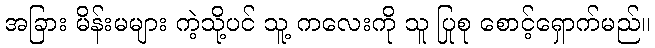
အခြား မိန်းမများ ကဲ့သို့ပင် သူ့ ကလေးကို သူ ပြုစု စောင့်ရှောက်မည်။